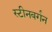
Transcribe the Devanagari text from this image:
स्टीनबर्गन